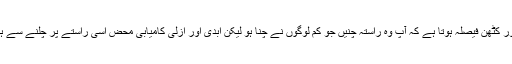
بظاہر یہ ایک مُشکل اور کٹھن فیصلہ ہوتا ہے کہ آپ وُہ راستہ چُنیں جو کم لوگوں نے چُنا ہو لیکن ابدی اور ازلی کامیابی محض اِسی راستے پر چلنے سے ہی حاصِل ہوسکتی ہے۔